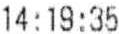
14:19:35